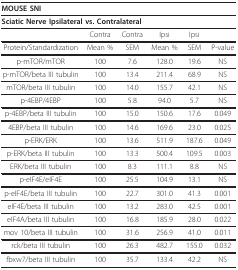
<table><thead><tr><td colspan="6"><b>MOUSE SNI</b></td></tr></thead><tbody><tr><td colspan="6"><b>Sciatic Nerve Ipsilateral vs. Contralateral</b></td></tr><tr><td></td><td>Contra</td><td>Contra</td><td>Ipsi</td><td>Ipsi</td><td></td></tr><tr><td>Protein/Standardization</td><td>Mean %</td><td>SEM</td><td>Mean %</td><td>SEM</td><td>P-value</td></tr><tr><td>p-mTOR/mTOR</td><td>100</td><td>7.6</td><td>128.0</td><td>19.6</td><td>NS</td></tr><tr><td>p-mTOR/beta III tubulin</td><td>100</td><td>13.4</td><td>211.4</td><td>68.9</td><td>NS</td></tr><tr><td>mTOR/beta III tubulin</td><td>100</td><td>14.0</td><td>155.7</td><td>42.1</td><td>NS</td></tr><tr><td>p-4EBP/4EBP</td><td>100</td><td>5.8</td><td>94.0</td><td>5.7</td><td>NS</td></tr><tr><td>p-4EBP/beta III tubulin</td><td>100</td><td>15.0</td><td>150.6</td><td>17.6</td><td>0.049</td></tr><tr><td>4EBP/beta III tubulin</td><td>100</td><td>14.6</td><td>169.6</td><td>23.0</td><td>0.025</td></tr><tr><td>p-ERK/ERK</td><td>100</td><td>13.6</td><td>511.9</td><td>187.6</td><td>0.049</td></tr><tr><td>p-ERK/beta III tubulin</td><td>100</td><td>13.3</td><td>500.4</td><td>109.5</td><td>0.003</td></tr><tr><td>ERK/beta III tubulin</td><td>100</td><td>8.3</td><td>111.1</td><td>8.8</td><td>NS</td></tr><tr><td>p-eIF4E/eIF4E</td><td>100</td><td>25.5</td><td>104.9</td><td>13.1</td><td>NS</td></tr><tr><td>p-eIF4E/beta III tubulin</td><td>100</td><td>22.7</td><td>301.0</td><td>41.3</td><td>0.001</td></tr><tr><td>eIF4E/beta III tubulin</td><td>100</td><td>13.2</td><td>283.0</td><td>42.5</td><td>0.001</td></tr><tr><td>eIF4A/beta III tubulin</td><td>100</td><td>16.8</td><td>185.9</td><td>28.0</td><td>0.022</td></tr><tr><td>mov 10/beta III tubulin</td><td>100</td><td>31.6</td><td>256.9</td><td>41.0</td><td>0.011</td></tr><tr><td>rck/beta III tubulin</td><td>100</td><td>26.3</td><td>482.7</td><td>155.0</td><td>0.032</td></tr><tr><td>fbxw7/beta III tubulin</td><td>100</td><td>35.7</td><td>133.4</td><td>42.2</td><td>NS</td></tr></tbody></table>